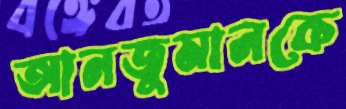
আনজুমানকে